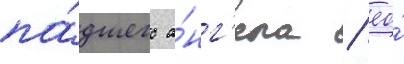
па́дшего а́нг'ела / ео́